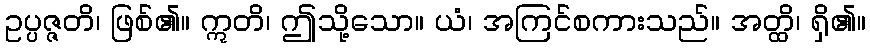
ဥပ္ပဇ္ဇတိ၊ ဖြစ်၏။ ဣတိ၊ ဤသို့သော။ ယံ၊ အကြင်စကားသည်။ အတ္ထိ၊ ရှိ၏။